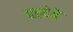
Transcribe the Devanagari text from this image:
दल्देते